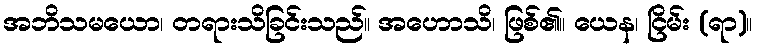
အဘိသမယော၊ တရားသိခြင်းသည်။ အဟောသိ၊ ဖြစ်၏။ ယေန၊ ငြိမ်း (ရာ)။